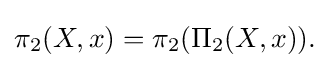
\pi _{2}(X,x)=\pi _{2}(\Pi _{2}(X,x)).\!